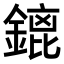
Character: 𨪡